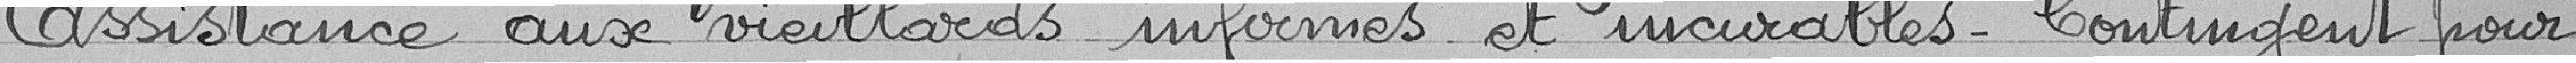
Assistance aux vieillards infirmes et incurables - Contingent pour